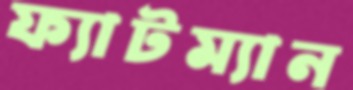
ফ্যাটম্যান